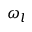
\omega _ { l }